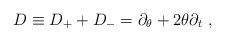
LaTeX: \begin{align*}D \equiv D_+ + D_- = \partial_{\theta} + 2 \theta \partial_{t}\ ,\end{align*}